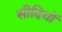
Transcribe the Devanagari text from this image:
सीदियों